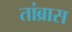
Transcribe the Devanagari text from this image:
तांब्रास